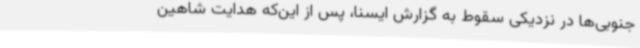
جنوبی‌ها در نزدیکی سقوط به گزارش ایسنا، پس از این‌که هدایت شاهین